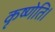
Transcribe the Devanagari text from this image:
कृष्णेति।